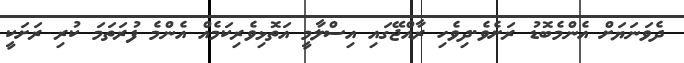
ދެވަނަޔަށް އެންމެބޮޑު ރަށެވެ.ދިވެހި ރާއްޖޭގައި އިސްލާމީ އަތޮޅިވެރިކަމެއް އެންމެ ފުރަތަމަ ކުރި ރަށަކީ